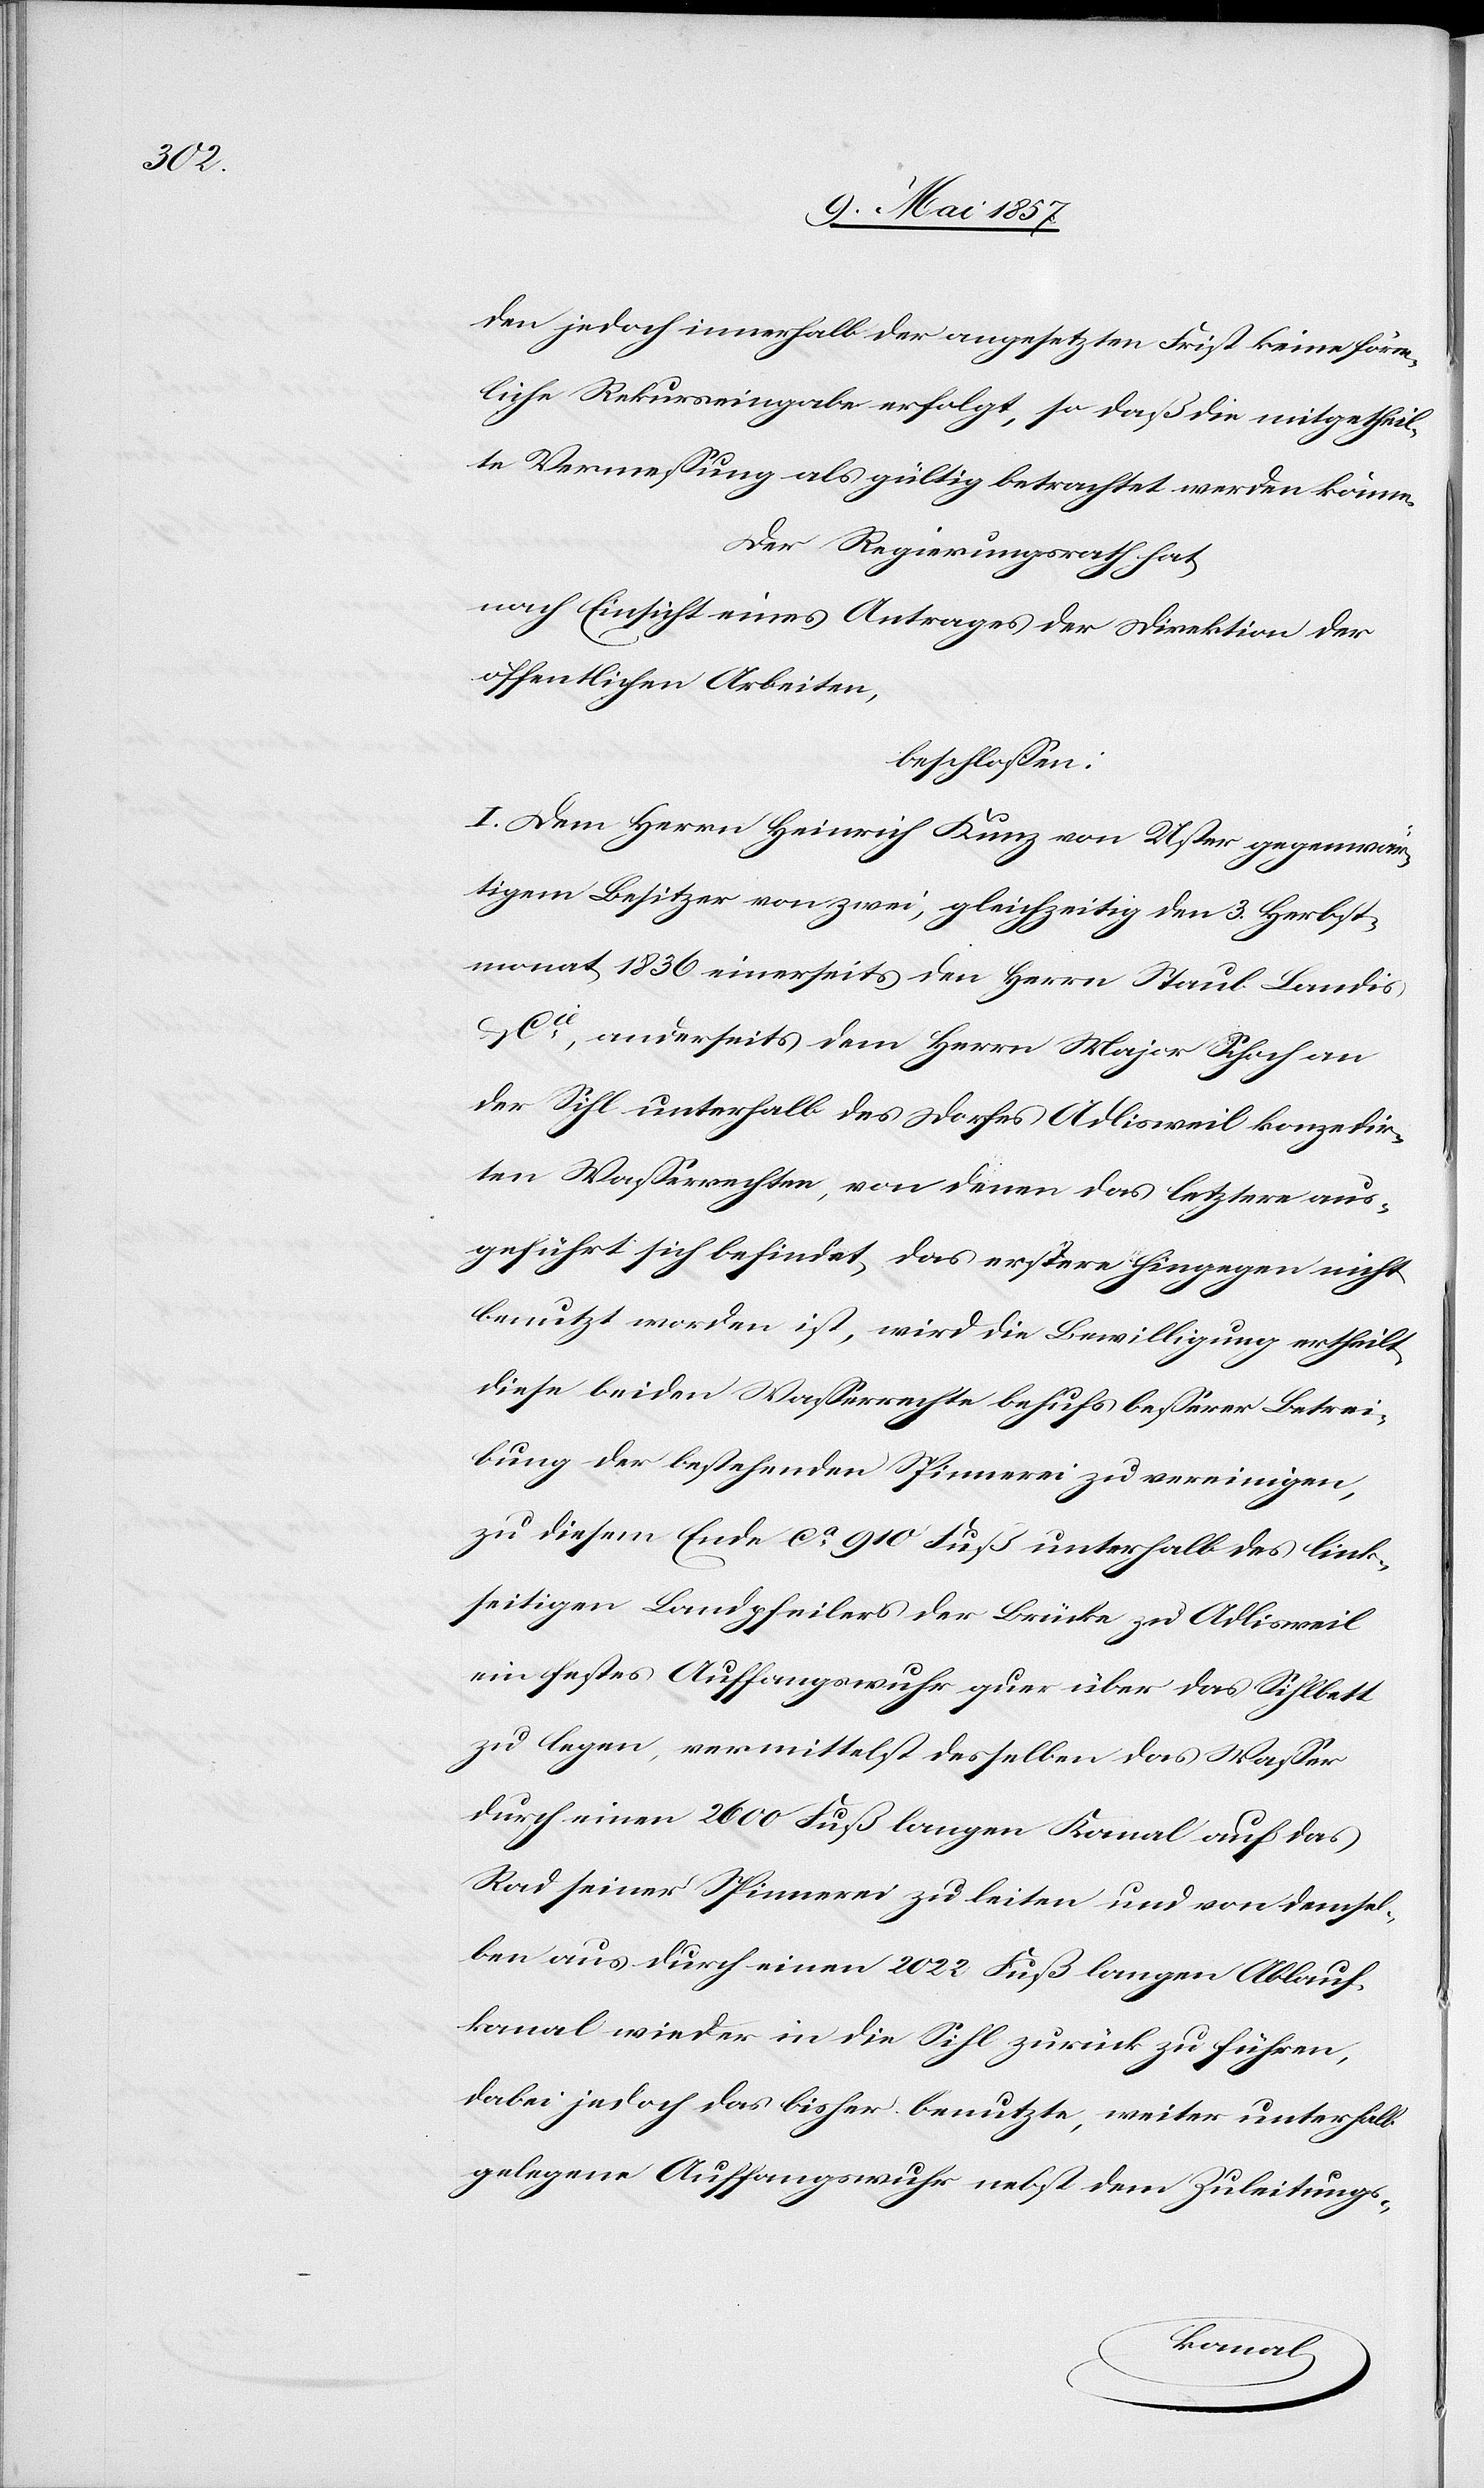
den jedoch innerhalb der angesetzten Frist keine förm¬
liche Rekurseingabe erfolgt, so daß die mitgetheil¬
te Vermessung als gültig betrachtet werden könne.
Der Regierungsrath hat,
nach Einsicht eines Antrages der Direktion der
öffentlichen Arbeiten,
beschlossen:
I. Dem Herren Heinrich Kunz von Uster gegenwär¬
tigen Besitzer von zwei, gleichzeitig den 3 Herbst¬
monat 1836 einerseits den Herrn Staub Landis
Cie, anderseits dem Herrn Major Schoch an
der Sihl unterhalb des Dorfes Adlisweil konzedir¬
ten Wasserrechten, von denen das letztere aus¬
geführt sich befindet, das erstere hingegen nicht
benutzt worden ist, wird die Bewilligung ertheilt
diese beiden Wasserrechte behufs besserer Betrei¬
bung der bestehenden Spinnerei zu vereinigen,
zu diesem Ende ca 910 Fuß unterhalb des link¬
seitigen Landpfeilers der Brücke zu Adlisweil
ein festes Auffangswuhr quer über das Sihlbett
zu legen, vermittelst desselben das Wasser
durch einen 2600 Fuß langen Kanal auf das
Rad seiner Spinnerei zu leiten und von demsel¬
ben aus durch einen 2022 Fuß langen Ablauf¬
kanal wieder in die Sihl zurück zu führen,
dabei jedoch das bisher benutzte, weiter unterhalb
gelegene Auffangswuhr nebst dem Zuleitungs-